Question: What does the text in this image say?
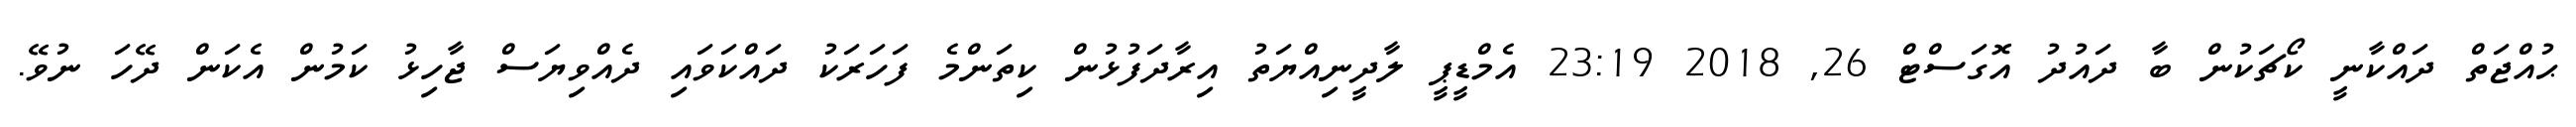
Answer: ޙުއްޖަތް ދައްކާނީ ކޯޗަކުން ބާ ދައުދު އޮގަސްޓް 26, 2018 23:19 އެމްޑީޕީ ލާދީނިއްޔަތު އިރާދަފުޅުން ކިތަންމެ ފަހަރަކު ދައްކަވައި ދެއްވިޔަސް ޖާހިޅު ކަމުން އެކަން ދޭހަ ނުވޭ.